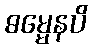
ဓမ္မေနပိ